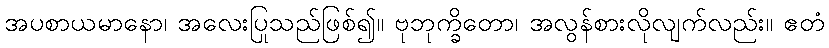
အပစာယမာနော၊ အလေးပြုသည်ဖြစ်၍။ ဗုဘုက္ခိတော၊ အလွန်စားလိုလျက်လည်း။ ဧတံ